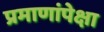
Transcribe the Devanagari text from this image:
प्रमाणांपेक्षा